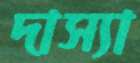
দাস্যা